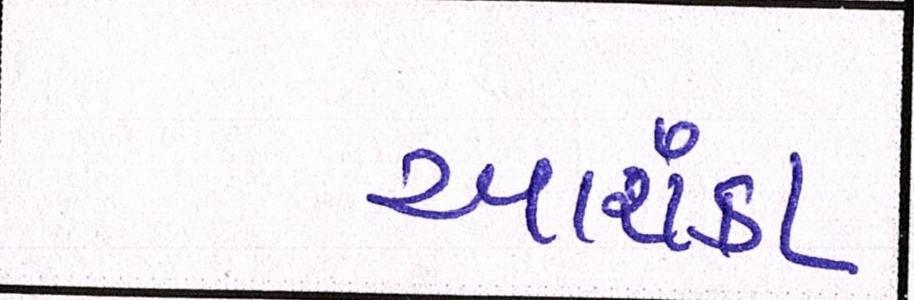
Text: આશંકા